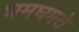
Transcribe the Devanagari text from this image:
घमघमते